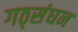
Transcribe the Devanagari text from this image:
गठ्संघन